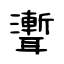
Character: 聻